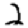
Digit: 2